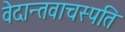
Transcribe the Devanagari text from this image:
वेदान्तवाचस्पति